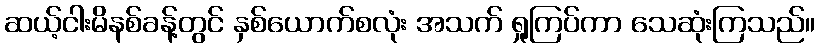
ဆယ့်ငါးမိနစ်ခန့်တွင် နှစ်ယောက်စလုံး အသက် ရှုကြပ်ကာ သေဆုံးကြသည်။